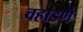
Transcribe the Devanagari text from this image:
वहाडणे